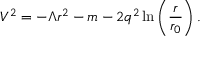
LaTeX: V ^ { 2 } = - \Lambda r ^ { 2 } - m - 2 q ^ { 2 } \ln \left( \frac { r } { r _ { 0 } } \right) .